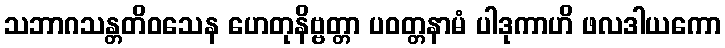
သဘာဂသန္တတိဝသေန ဟေတုနိဗ္ဗတ္တာ ပဝတ္တနာမံ ပါဒုကာဟိ ဖလဒါယကော